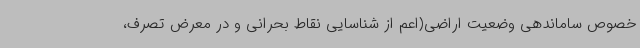
خصوص ساماندهی وضعیت اراضی(اعم از شناسایی نقاط بحرانی و در معرض تصرف،